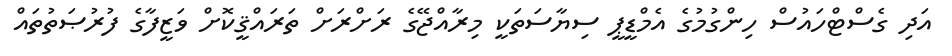
އަދި ގެސްޓްހައުސް ހިންގުމުގެ އެމްޑީޕީ ސިޔާސަތަކީ މިރާއްޖޭގެ ރަށްރަށް ތަރައްޤީކޮށް ވަޒީފާގެ ފުރުޞަތުތައް